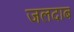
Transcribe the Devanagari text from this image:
जलदाब